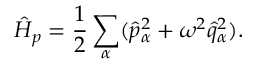
\hat { H } _ { p } = \frac { 1 } { 2 } \sum _ { \alpha } ( \hat { p } _ { \alpha } ^ { 2 } + \omega ^ { 2 } \hat { q } _ { \alpha } ^ { 2 } ) .